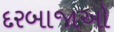
દરબાજાઓ